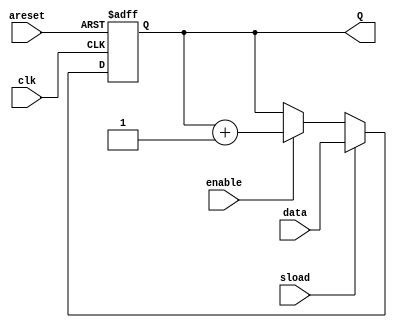
module counter_9_bits_on_sload(input areset, enable, sload, clk,
										input [8:0] data,
										output reg [8:0] Q);
									
	initial Q = {8{1'b0}};
	always @(posedge clk, negedge areset)
		if(~areset) Q = {8{1'b0}};
		else if (sload) Q <= data;
		else if (enable) Q <= Q + 1'b1;
		else Q <= Q;
	
endmodule